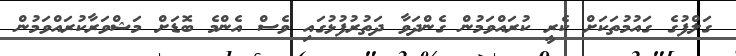
ގަލްފުގެ ގައުމުތަކަށް ކެރީ ކުރައްވަމުން ގެންދަވާ ދަތުރުފުޅުގައި ވެސް އެންމެ ބޮޑަށް މަޝްވަރާކުރައްވަމުން